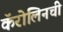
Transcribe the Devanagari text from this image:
कॅरोलिनची